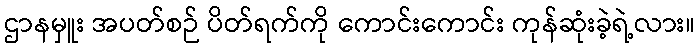
ဌာနမှူး အပတ်စဉ် ပိတ်ရက်ကို ကောင်းကောင်း ကုန်ဆုံးခဲ့ရဲ့လား။